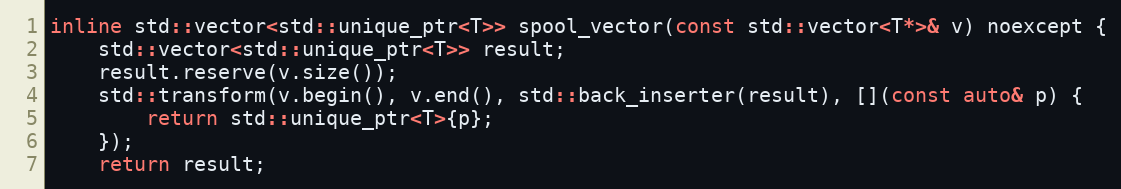
Language: C
inline std::vector<std::unique_ptr<T>> spool_vector(const std::vector<T*>& v) noexcept {
    std::vector<std::unique_ptr<T>> result;
    result.reserve(v.size());
    std::transform(v.begin(), v.end(), std::back_inserter(result), [](const auto& p) {
        return std::unique_ptr<T>{p};
    });
    return result;